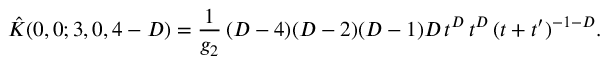
\hat { K } ( 0 , 0 ; 3 , 0 , 4 - D ) = \frac { 1 } { g _ { 2 } } \, ( D - 4 ) ( D - 2 ) ( D - 1 ) D \, t ^ { D } \, t ^ { D } \, ( t + t ^ { \prime } ) ^ { - 1 - D } .